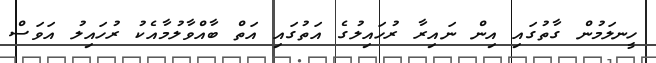
ހީނލަމުން ގާތުގައި އިން ނައިރާ ރުހައިލުގެ އަތުގައި އަތް ބާއްވާލުމާއެކު ރުހައިލު އަވަސް